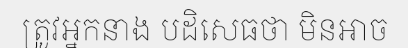
ត្រូវអ្នកនាង បដិសេធថា មិនអាច